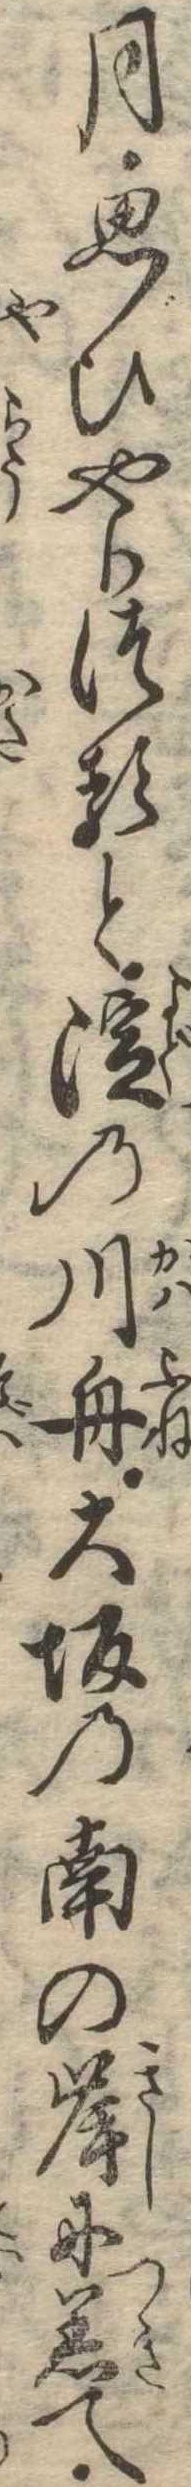
月思ひやりつると淀の川舟大坂の南の岸に着て